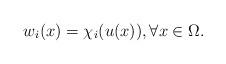
LaTeX: \begin{align*} w_i(x)=\chi_i ( u(x)), \forall x \in \Omega. \end{align*}